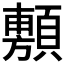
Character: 𮨗